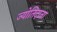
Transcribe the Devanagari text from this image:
ज्योतिदाता